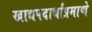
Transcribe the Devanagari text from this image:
खाद्यपदार्थांप्रमाणे